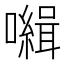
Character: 𡃃